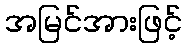
အမြင်အားဖြင့်